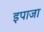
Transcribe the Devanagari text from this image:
इपाजा